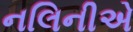
નલિનીએ